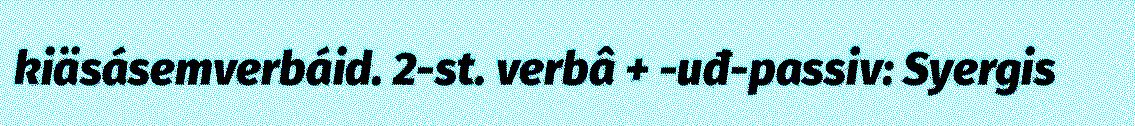
kiäsásemverbáid. 2-st. verbâ + -uđ-passiv: Syergis